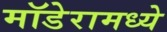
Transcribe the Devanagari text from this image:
मॉडेरामध्ये